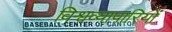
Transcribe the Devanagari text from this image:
विश्वव्यापारियों